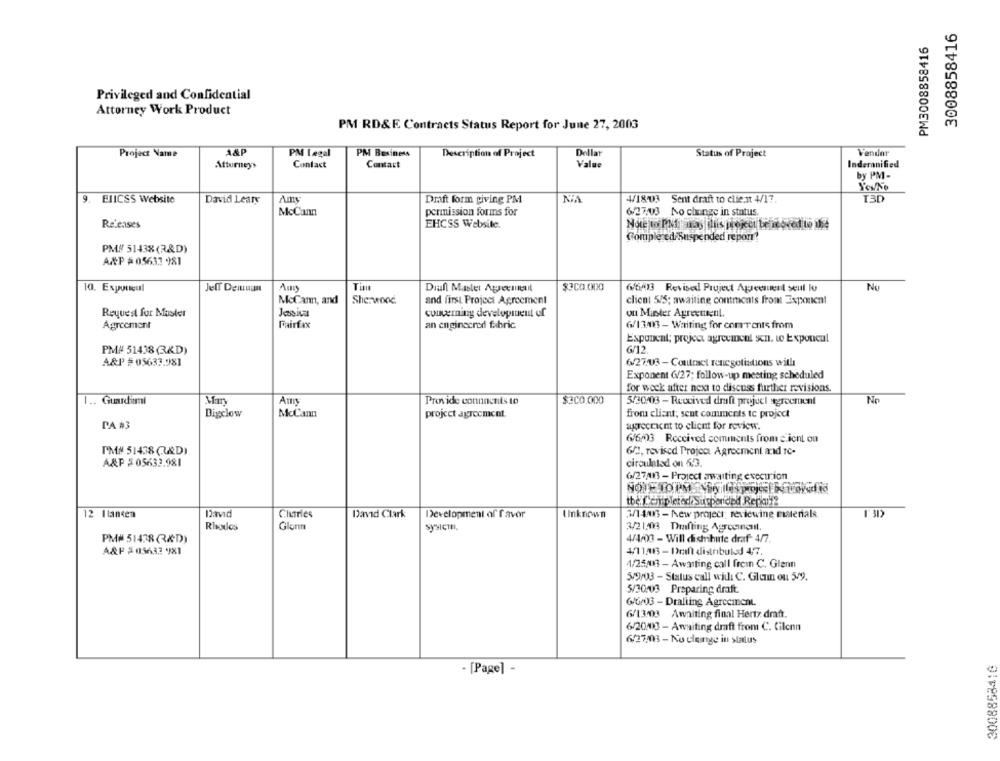
3008858416
PM3008858416
Privileged and Confidential
Attorney Work Product
PM RD&E Contracts Status Report for June 27, 2003
Project Name
PM Legal
PM Business
Dellat
Vender
Description of Project
Status of Project
Attorneys
Contact
Contact
Value
Inderanified
by PM-
9. ElICSS Website
Amy
NA
4/18/03 Sent draft to client 4/17.
I3D
David Leary
Draft form giving PM
McCann
permission forms for
6/27.03 No change in status.
Releases
EHCSS Website.
Note to Platanias this project be icoved to the
Comple ed Suspended repor!
PM# 51438(3&D)
A.P = 05631 981
10. Exporteul
Jeff Demuan
Tim
Diall Master Agreement
$300.000
6/6/13 Revised Project Agreement seul lo
No
McCann, and
She.wood.
and first Project Agreement
client 5/5; awaiting contments from Exponent
concerning development of
un Munster Agreement.
Request for Master
Agreement
Fairfax
an enginecrod fabric
6/13433 - Waiting for comrents from
Exponent; project agreemcal sen. to Expoucul
PM# 51438 (KD)
6/12
A&P #05633.981
6/27/03-Contract renegotiations with
Exponent (/27; follow-up meeting scheduled
for weck after next to discuss further revisions.
1 .. Guardimi
Provide connocnts to
$300.000
5/30/03 - Received draft projeel agreement
No
Bigclow
McCann
project agreement.
from client; sent comments te project
PA #3
agreement to client for review.
6/6/03 Received comments from client ou
TMN 51438 (AD)
6/2, revised Project Agreement and To-
A&P #05633.981
circulated on 6.3.
6/27/013 - Project awaiting evectrion
tbe Completed Suspended Repair?
12 H lansen
Chutries
David Clark
Development of favor
Unknown
3/14063 - New project; reviewing materials
1 31)
Rhodos
Glenn
sysIcin.
3/21:08 Drafting Agreement.
PM# 51478 R&D)
4/4/03 - Will distribute draf- 4/7.
A&P =05632 X1
4/11/8 - Draft distributed 4/7.
4/25/03 - Awanting call fromn C. Glenn
5/9/03 - Status call will C. Glenn ou 5/9.
5/30.03 Preparing draft.
6/6/03 - Draliing Agreeinent.
6/13.03 Awaiting final Hertz draft.
6/20013 - Awaiting draft from C. Cilcnn
6/27/08 - No cleange in status
2008858416
- [Page] -